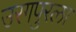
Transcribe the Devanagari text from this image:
उरगपुरला